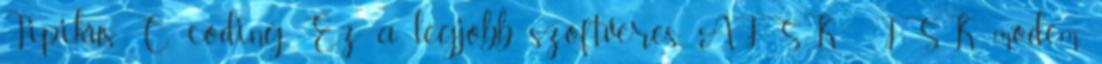
Tipikus C coding. Ez a legjobb szoftveres AFSK FSK modem.